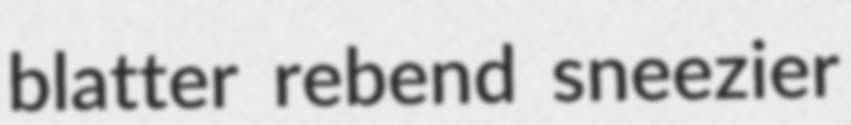
blatter rebend sneezier